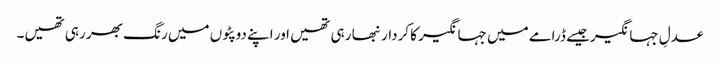
عدلِ جہانگیرجیسے ڈرامے میں جہانگیر کا کردار نبھا رہی تھیں اور اپنے دوپٹوں میں رنگ بھر رہی تھیں۔